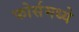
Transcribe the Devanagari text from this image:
फोर्समध्ये